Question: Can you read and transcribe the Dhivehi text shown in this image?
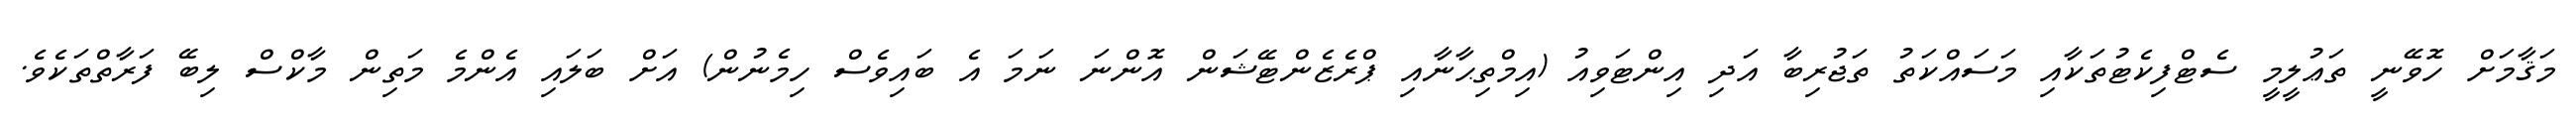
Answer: މަޤާމަށް ހޮވޭނީ ތަޢުލީމީ ސެޓްފިކެޓުތަކާއި މަސައްކަތު ތަޖުރިބާ އަދި އިންޓަވިއު (އިމްތިޙާނާއި ޕްރެޒެންޓޭޝަން އޮންނަ ނަމަ އެ ބައިވެސް ހިމެނުން) އަށް ބަލައި އެންމެ މަތިން މާކްސް ލިބޭ ފަރާތްތަކެވެ.